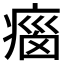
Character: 𤷻